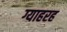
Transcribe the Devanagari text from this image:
ग्याहरह